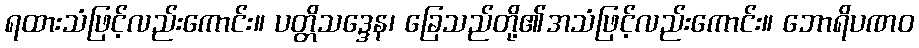
ရထားသံဖြင့်လည်းကောင်း။ ပတ္တိသဒ္ဒေန၊ ခြေသည်တို့၏အသံဖြင့်လည်းကောင်း။ ဘောရိပဏဝ